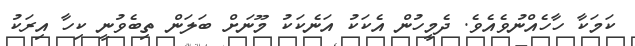
ކަމަކާ ހާހެއްނުވެއެވެ. ދެމީހުން އެކަކު އަނެކަކު މޫނަށް ބަލަން ތިބެވުނީ ކިހާ އިރަކު